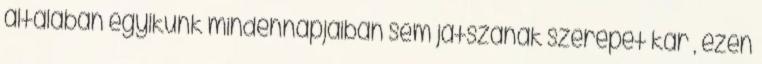
általában egyikünk mindennapjaiban sem játszanak szerepet kár , ezen